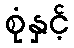
စုံနှင့်